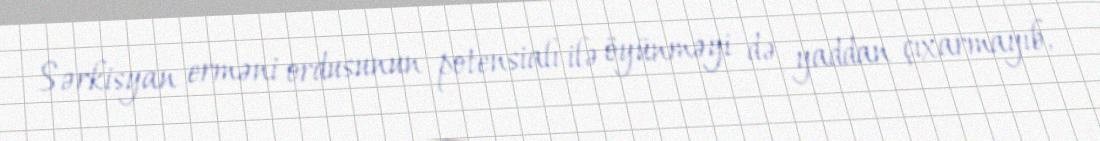
Sərkisyan erməni ordusunun potensialı ilə öyünməyi də yaddan çıxarmayıb,